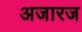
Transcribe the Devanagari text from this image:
अजारज